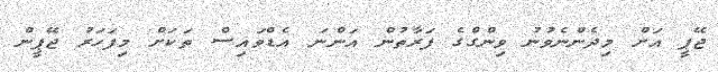
ޖޭޕީ އަށް މިދެންނެވުނު ވިންގްގެ ފަރާތުން އަންނަ އެޑްވައިސް ތަކަށް މިފަހަރު ޖޭޕީން